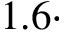
1 . 6 \cdot